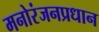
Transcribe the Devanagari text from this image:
मनोरंजनप्रधान